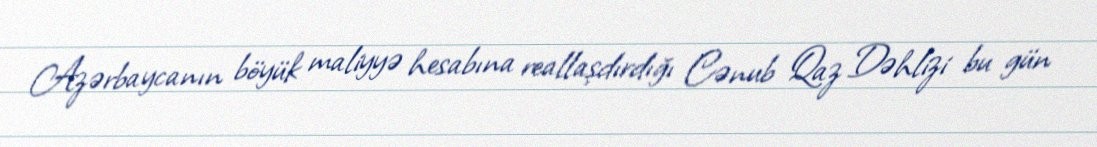
Azərbaycanın böyük maliyyə hesabına reallaşdırdığı Cənub Qaz Dəhlizi bu gün